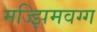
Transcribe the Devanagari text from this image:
मज्झिमवग्ग